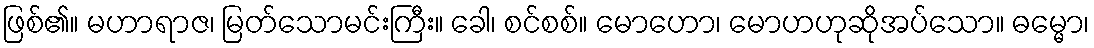
ဖြစ်၏။ မဟာရာဇ၊ မြတ်သောမင်းကြီး။ ခေါ၊ စင်စစ်။ မောဟော၊ မောဟဟုဆိုအပ်သော။ ဓမ္မော၊